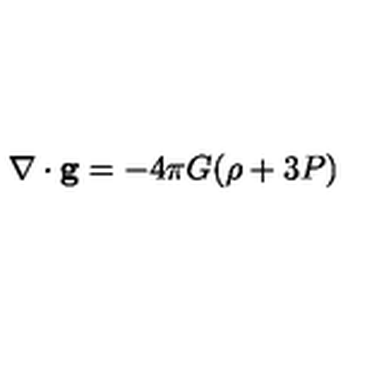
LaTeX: \nabla \cdot { \bf g } = - 4 \pi G ( \rho + 3 P )